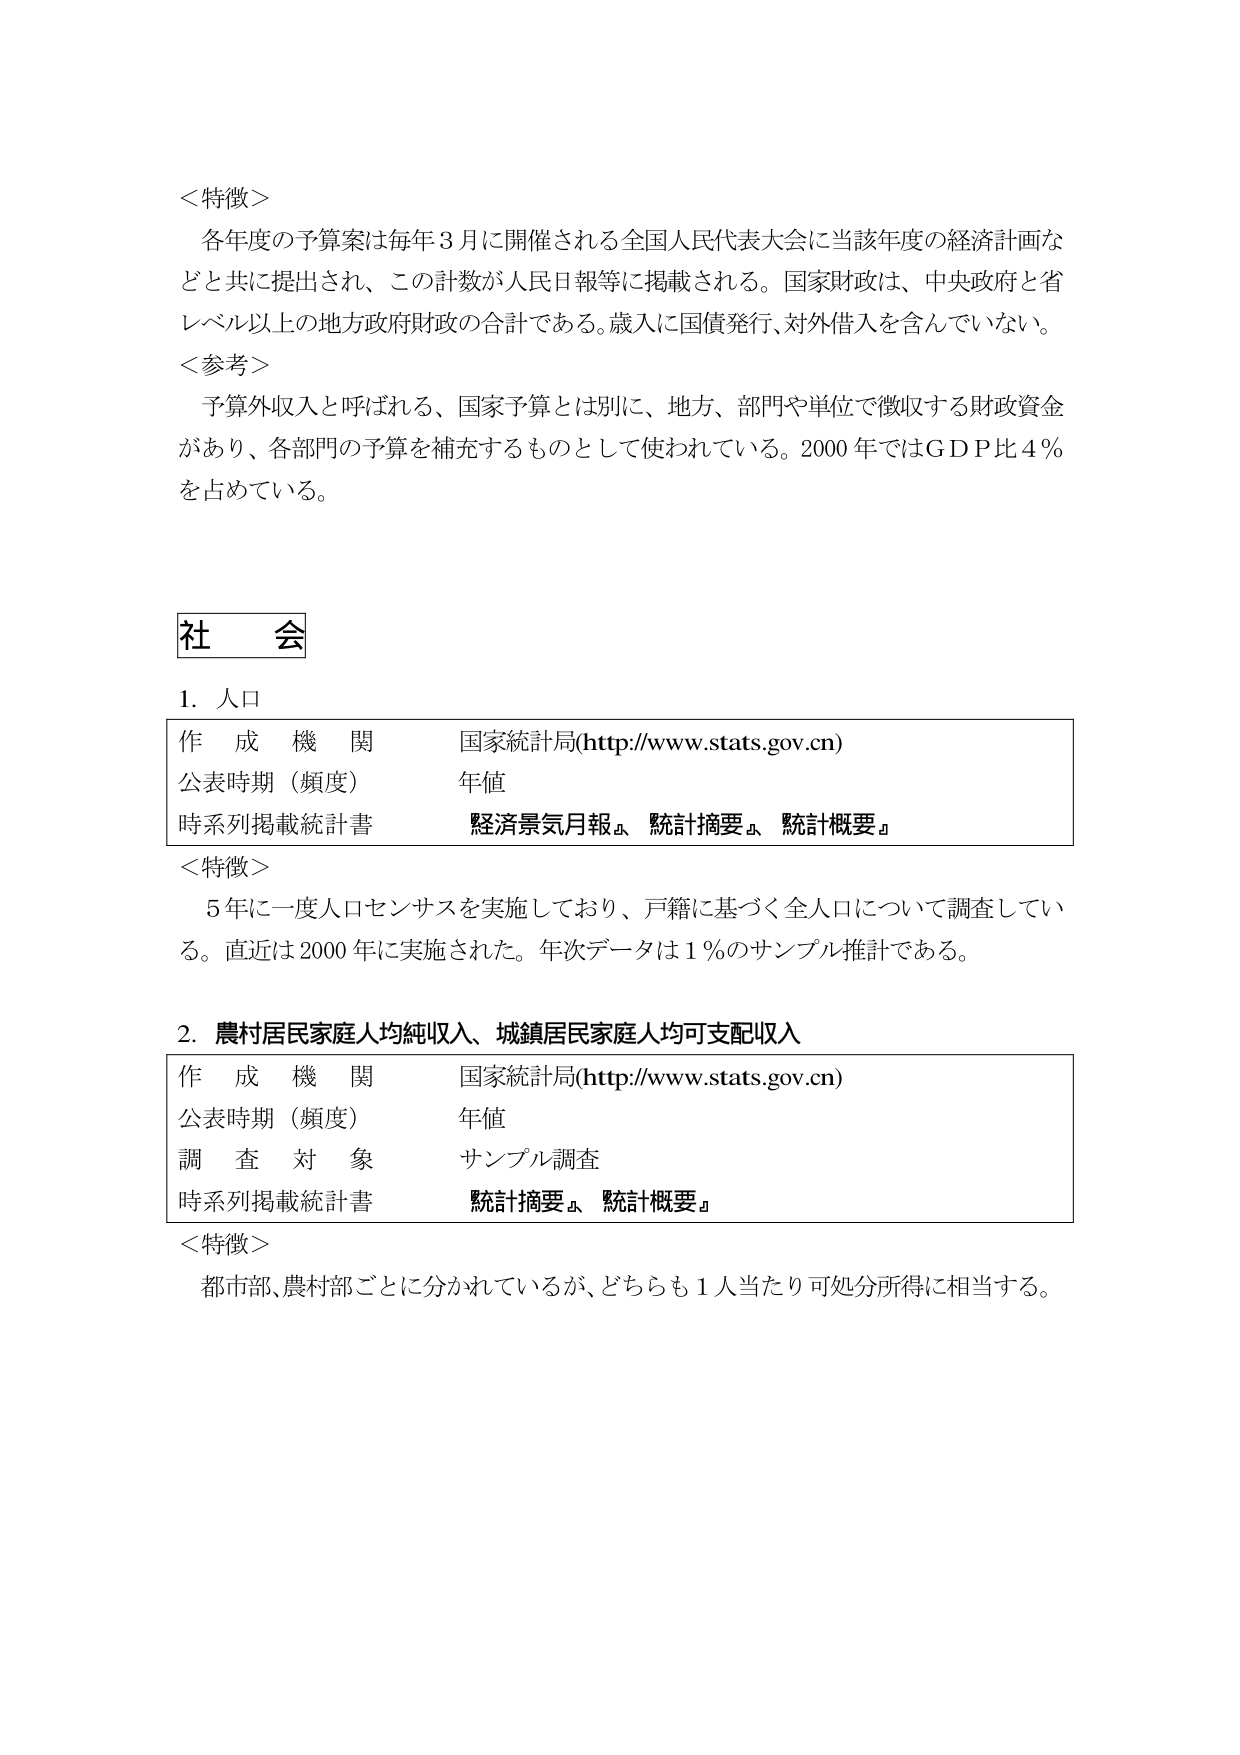
＜特徴＞
各年度の予算案は毎年３月に開催される全国人民代表大会に当該年度の経済計画などと共に提出され、この計数が人民日報等に掲載される。国家財政は、中央政府と省レベル以上の地方政府財政の合計である。歳入に国債発行、対外借入を含んでいない。
＜参考＞
予算外収入と呼ばれる、国家予算とは別に、地方、部門や単位で徴収する財政資金があり、各部門の予算を補充するものとして使われている。2000年ではGDP比4％を占めている。

社 会
1. 人口
作 成 機 関 国家統計局(http://www.stats.gov.cn)
公表時期（頻度） 年値
時系列掲載統計書 経済景気月報』、統計摘要』、統計概要』
＜特徴＞
5年に一度人口センサスを実施しており、戸籍に基づく全人口について調査している。直近は2000年に実施された。年次データは1％のサンプル推計である。

2. 農村居民家庭人均純収入、城鎮居民家庭人均可支配収入
作 成 機 関 国家統計局(http://www.stats.gov.cn)
公表時期（頻度） 年値
調 査 対 象 サンプル調査
時系列掲載統計書 統計摘要』、統計概要』
＜特徴＞
都市部、農村部ごとに分かれているが、どちらも1人当たり可処分所得に相当する。